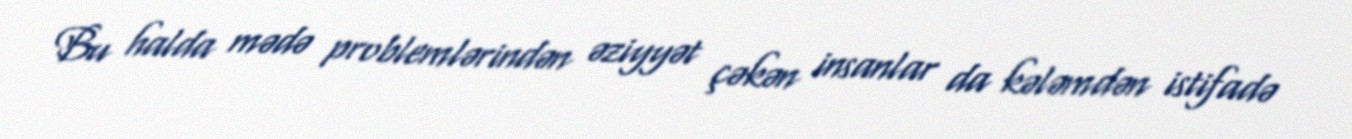
Bu halda mədə problemlərindən əziyyət çəkən insanlar da kələmdən istifadə